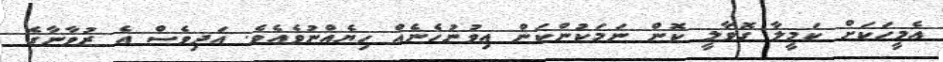
އެމީހަކަށް ކަމީލާ ގޮވާލީ ކޮން ނަމަކުންކަން އިވުނުހެނެއް ހިޔެއްނުވެއެވެ. އަދިވެސް އެ ޒުވާނާގެ